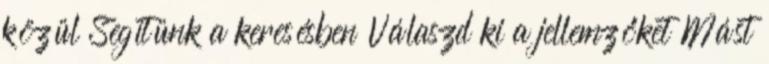
közül Segítünk a keresésben Válaszd ki a jellemzőket Mást